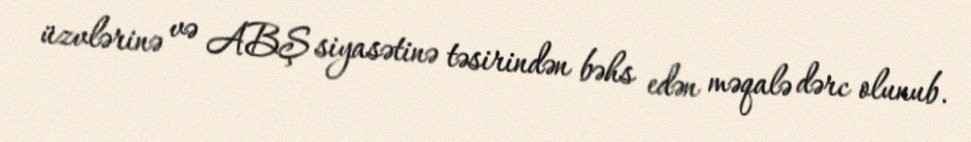
üzvlərinə və ABŞ siyasətinə təsirindən bəhs edən məqalə dərc olunub.